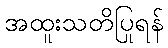
အထူးသတိပြုရန်